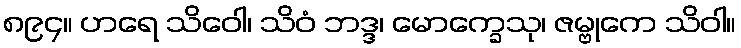
၈၉၄။ ဟရေ သိဝေါ၊ သိဝံ ဘဒ္ဒ၊ မောက္ခေသု၊ ဇမ္ဗုကေ သိဝါ။